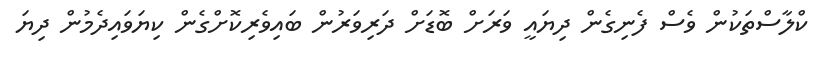
ކްލާސްތަކުން ވެސް ފެނިގެން ދިޔައީ ވަރަށް ބޮޑަށް ދަރިވަރުން ބައިވެރިކޮށްގެން ކިޔަވައިދެމުން ދިޔަ